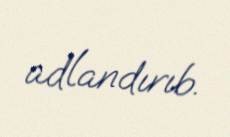
adlandırıb.